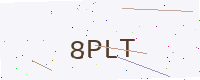
Text: 8PLT